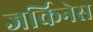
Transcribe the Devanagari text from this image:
जर्किनेस